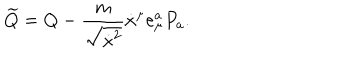
\widetilde Q = Q - { \frac { m } { \sqrt { \dot { x } ^ { 2 } } } } \dot { x } ^ { \mu } e _ { \mu } ^ { a } P _ { a } .